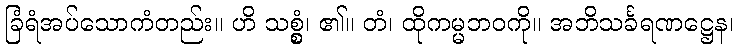
ခြံရံအပ်သောကံတည်း။ ဟိ သစ္စွံ၊ ၏။ တံ၊ ထိုကမ္မဘဝကို။ အဘိသင်္ခရဏဋ္ဌေန၊